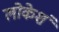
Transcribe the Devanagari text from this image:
लोकेशं